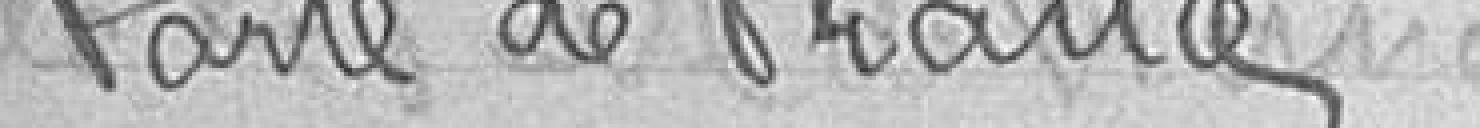
Porte de France